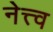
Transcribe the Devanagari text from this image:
नेत्त्व